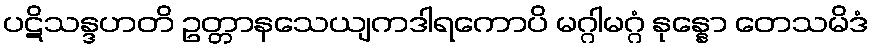
ပဋိသန္ဒဟတိ ဥတ္တာနသေယျကဒါရကောပိ မဂ္ဂါမဂ္ဂံ နုန္နော တေသမိဒံ